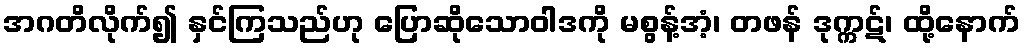
အဂတိလိုက်၍ နှင်ကြသည်ဟု ပြောဆိုသောဝါဒကို မစွန့်အံ့၊ တဖန် ဒုက္ကဋ်၊ ထို့နောက်